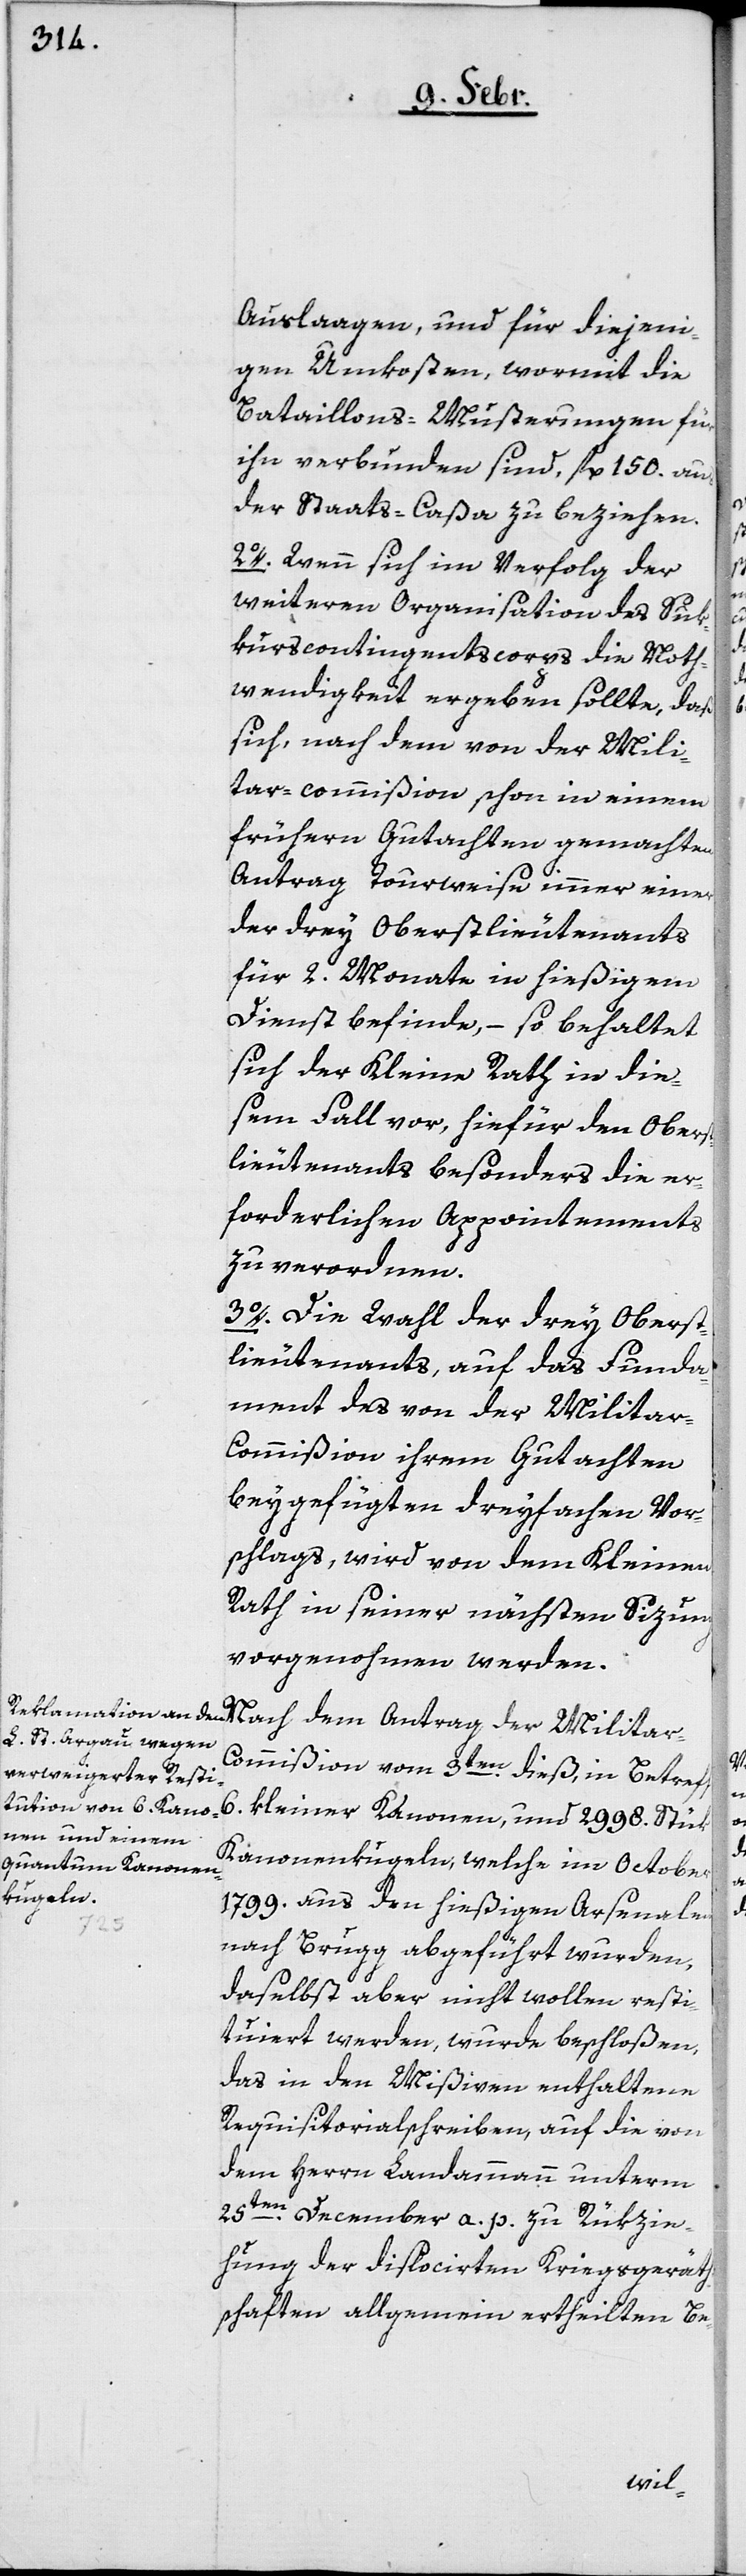
Auslaagen, und für diejeni¬
gen Umkosten, wormit die
Bataillons-Musterungen für
ihn verbunden sind, fl. 150. aus
der Staats-Caßa zu beziehen.
2o. Wenn sich im Verfolg der
weiteren Organisation des Suk¬
kurscontingentscorps die Noth¬
wendigkeit ergeben sollte, daß
sich, nach dem von der Mili¬
tar-commißion schon in einem
frühern Gutachten gemachten
Antrag Tourweise immer einer
der drey Oberstlieutenants
für 2. Monate in hießigem
Dienst befinde, – so behaltet
sich der Kleine Rath in die¬
sem Fall vor, hiefür den Oberst¬
lieutenants besonders die er¬
forderlichen Appointements
zu verordnen.
3o. Die Wahl der drey Oberst¬
lieutenants, auf das Funda¬
ment des von der Milita¬
r-Commißion ihrem Gutachten
beygefügten dreyfachen Vor¬
schlags, wird von dem Kleinen
Rath in seiner nächsten Sizung
vorgenohmen werden.
ommißion vom 3ten. dieß, in Betreff
6. kleiner Kanonen, und 2998. Stük
Kanonenkugeln, welche im October
1799. aus den hießigen Arsenalen
tar-C¬
nach Brugg abgeführt wurden,
daselbst aber nicht wollen resti¬
tuiert werden, wurde beschloßen,
das in den Mißiven enthaltene
Requisitorialschreiben, auf die von
dem Herrn Landammann unterm
25ten. December a. p. zu Rükzie¬
hung der dislocirten Kriegsgeräth¬
schaften allgemein ertheilten Be-